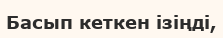
Басып кеткен ізіңді,